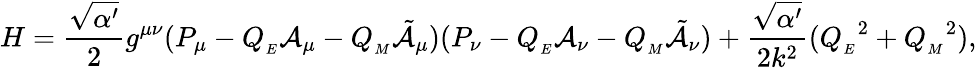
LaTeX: H=\frac{\sqrt{\alpha^{\prime}}}{2}g^{\mu\nu}(P_{\mu}-Q_{_{E}}{\cal A}_{\mu}-Q_{_{M}}{\tilde{\cal A}}_{\mu})(P_{\nu}-Q_{_{E}}{\cal A}_{\nu}-Q_{_{M}}{\tilde{\cal A}}_{\nu})+\frac{\sqrt{\alpha^{\prime}}}{2k^{2}}({Q_{_{E}}}^{2}+{Q_{_{M}}}^{2}),